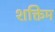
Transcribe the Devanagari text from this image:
शक्तिम